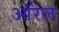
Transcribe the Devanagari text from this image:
ऑरेल